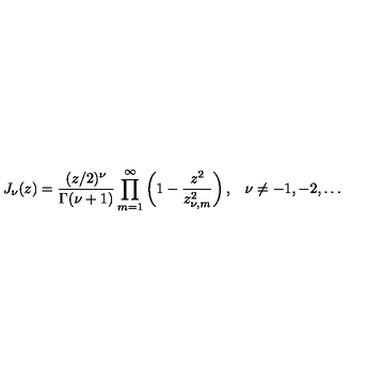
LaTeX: J _ { \nu } ( z ) = \frac { ( z / 2 ) ^ { \nu } } { \Gamma ( \nu + 1 ) } \prod _ { m = 1 } ^ { \infty } \left( 1 - \frac { z ^ { 2 } } { z _ { \nu , m } ^ { 2 } } \right) { , } \quad \nu \not = - 1 , - 2 , \ldots